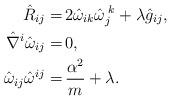
LaTeX: \begin{align*}\hat{R}_{ij} =&\, 2 \hat \omega_{ik}\hat\omega_{j}^{\;k} + \lambda \hat{g}_{ij},\\\hat {\nabla}^i \hat \omega_{ij} =&\, 0, \\\hat\omega_{ij}\hat\omega^{ij} =&\, \frac{\alpha^2}{m} + \lambda .\end{align*}